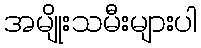
အမျိုးသမီးများပါ